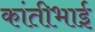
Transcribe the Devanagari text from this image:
कांतीभाई